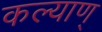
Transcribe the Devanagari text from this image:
कल्याण्